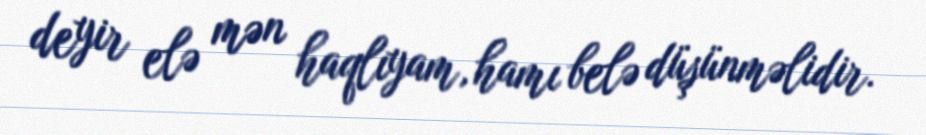
deyir elə mən haqlıyam, hamı belə düşünməlidir.